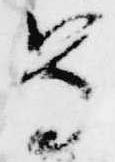
尊